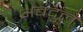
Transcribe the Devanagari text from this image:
अबदुल्